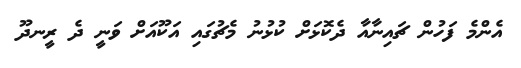
އެންމެ ފަހުން ޗައިނާއާ ދެކޮޅަށް ކުޅުނު މެޗުގައި އަކޫއަށް ވަނީ ދެ ރީނދޫ